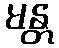
မန္တ